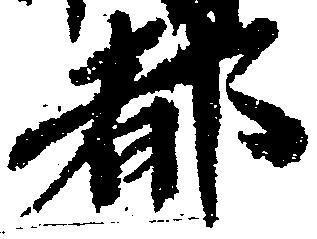
都